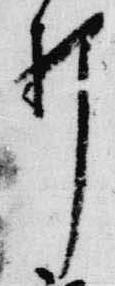
打